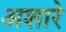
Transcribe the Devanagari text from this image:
अशारे